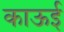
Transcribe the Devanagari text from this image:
काऊई